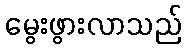
မွေးဖွားလာသည်